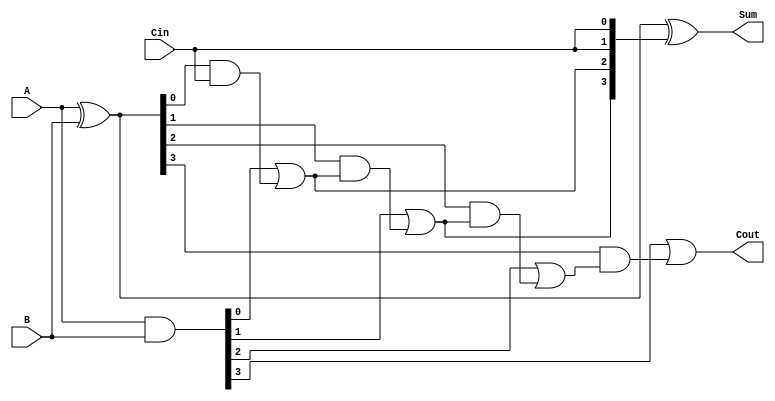
module CLA_4bit (
    input [3:0] A,
    input [3:0] B,
    input Cin,
    output [3:0] Sum,
    output Cout
);
    wire [3:0] G; // Generate signals
    wire [3:0] P; // Propagate signals
    wire [3:0] C; // Carry signals

    // Generate and Propagate calculations
    assign G = A & B;          // G_i = A_i * B_i
    assign P = A ^ B;          // P_i = A_i + B_i (XOR for propagate)

    // Carry calculations
    assign C[0] = Cin; // Carry in for the first block
    assign C[1] = G[0] | (P[0] & C[0]);
    assign C[2] = G[1] | (P[1] & C[1]);
    assign C[3] = G[2] | (P[2] & C[2]);
    assign Cout = G[3] | (P[3] & C[3]);

    // Sum calculation
    assign Sum = P ^ {C[2:0], Cin}; // S_i = A_i XOR B_i XOR C_i

endmodule